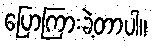
ပြောကြားခဲ့တာပါ။